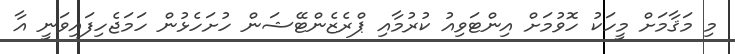
މި މަޤާމަށް މީހަކު ހޮވުމަށް އިންޓަވިއު ކުރުމާއި ޕްރެޒެންޓޭޝަން ހުށަހެޅުން ހަމަޖެހިފައިވަނީ އާ